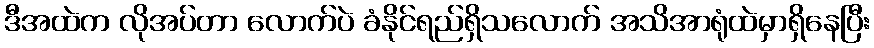
ဒီအထဲက လိုအပ်တာ လောက်ပဲ ခံနိုင်ရည်ရှိသလောက် အသိအာရုံထဲမှာရှိနေပြီး